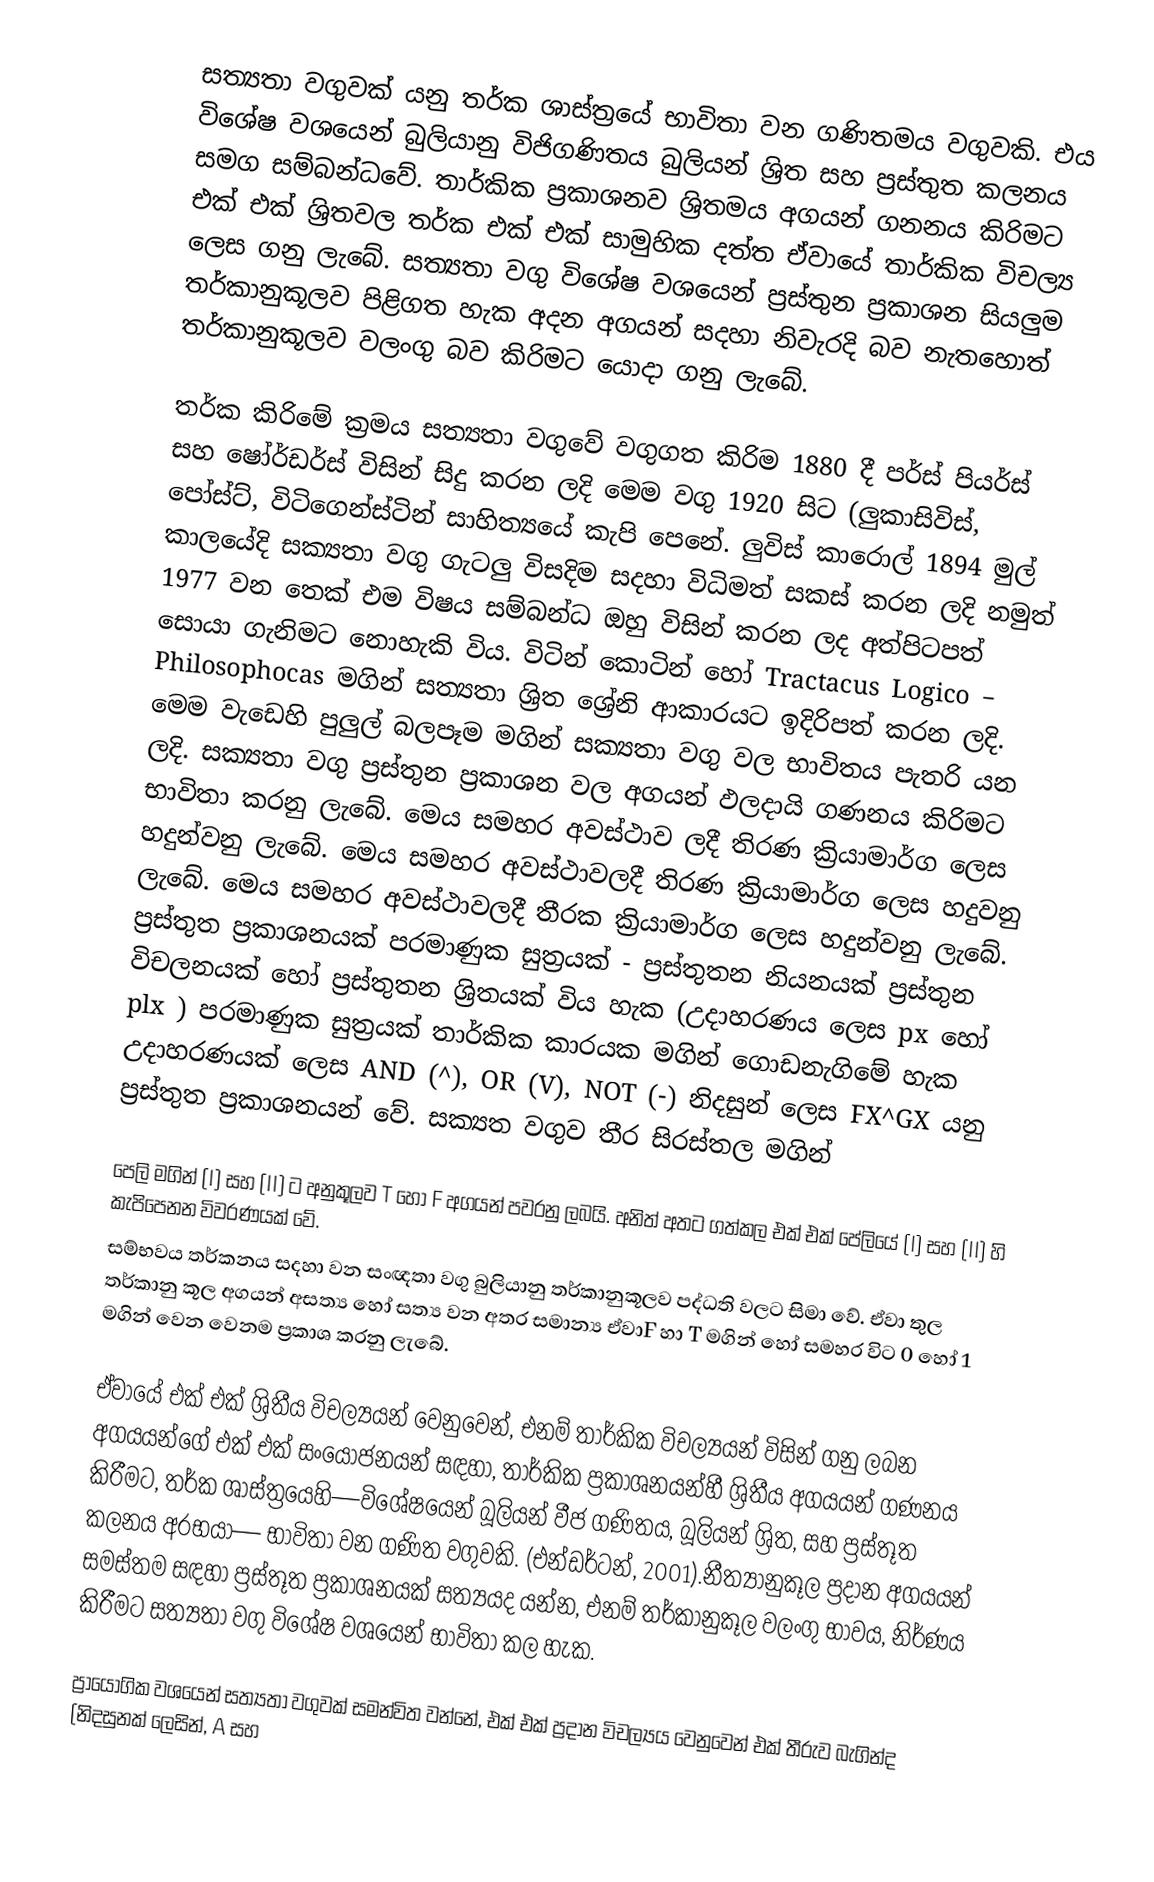
සත්‍යතා වගුවක් යනු තර්ක ශාස්ත්‍රයේ භාවිතා වන ගණිතමය වගුවකි. එය විශේෂ වශයෙන් බුලියානු විජිගණිතය බුලියන් ශ්‍රිත සහ ප්‍රස්තුත කලනය සමග සම්බන්ධවේ. තාර්කික ප්‍රකාශනව ශ්‍රිතමය අගයන් ගනනය කිරිමට එක් එක් ශ්‍රිතවල තර්ක එක් එක් සාමුහික දත්ත ඒවායේ තාර්කික විචල්‍ය ලෙස ගනු ලැබේ. සත්‍යතා වගු විශේෂ වශයෙන් ප්‍රස්තුන ප්‍රකාශන සියලුම තර්කානුකූලව පිළිගත හැක අදන අගයන් සදහා නිවැරදි බව නැතහොත් තර්කානුකූලව වලංගු බව කිරිමට යොදා ගනු ලැබේ.

තර්ක කිරිමේ ක්‍රමය සත්‍යතා වගුවේ වගුගත කිරිම 1880 දී පර්ස් පියර්ස් සහ ෂෝර්ඩර්ස් විසින් සිදු කරන ලදි මෙම වගු 1920 සිට (ලුකාසිවිස්, පෝස්ට්, විටිගෙන්ස්ටින් සාහිත්‍යයේ කැපි පෙනේ. ලුවිස් කාරොල් 1894 මුල් කාලයේදි සක්‍යතා වගු ගැටලු විසදිම සදහා විධිමත් සකස් කරන ලදි නමුත් 1977 වන තෙක් එම විෂය සම්බන්ධ ඔහු විසින් කරන ලද අත්පිටපත් සොයා ගැනිමට නොහැකි විය. විටින් කොටින් හෝ Tractacus Logico – Philosophocas මගින් සත්‍යතා ශ්‍රිත ශ්‍රේනි ආකාරයට ඉදිරිපත් කරන ලදි. මෙම වැඩෙහි පුලුල් බලපෑම මගින් සක්‍යතා වගු වල භාවිතය පැතරි යන ලදි. සක්‍යතා වගු ප්‍රස්තුන ප්‍රකාශන වල අගයන් ඵලදායි ගණනය කිරිමට භාවිතා කරනු ලැබේ. මෙය සමහර අවස්ථාව ලදී තිරණ ක්‍රියාමාර්ග ලෙස හදුන්වනු ලැබේ. මෙය සමහර අවස්ථාවලදී තිරණ ක්‍රියාමාර්ග ලෙස හදුවනු ලැබේ. මෙය සමහර අවස්ථාවලදී තීරක ක්‍රියාමාර්ග ලෙස හදුන්වනු ලැබේ. ප්‍රස්තුත ප්‍රකාශනයක් පරමාණුක සුත්‍රයක් - ප්‍රස්තුතන නියනයක් ප්‍රස්තුන විචලනයක් හෝ ප්‍රස්තුතන ශ්‍රිතයක් විය හැක (උදාහරණය ලෙස px හෝ plx ) පරමාණුක සුත්‍රයක් තාර්කික කාරයක මගින් ගොඩනැගිමේ හැක උදාහරණයක් ලෙස AND (^), OR (V), NOT (-) නිදසුන් ලෙස FX^GX යනු ප්‍රස්තුත ප්‍රකාශනයන් වේ.  සක්‍යත වගුව තීර සිරස්තල මගින්

පෙලි මගින් (I) සහ (II) ට අනුකූලව  T හෝ  F  අගයන් පවරනු ලබයි. අනිත් අතට ගත්කල එක් එක් පේලියේ (I) සහ  (II) හි කැපිපෙනන විවරණයක් වේ.
සම්භවය තර්කනය සදහා වන සංඥතා වගු බුලියානු තර්කානුකූලව පද්ධති වලට සිමා වේ. ඒවා තුල තර්කානු කූල අගයන් අසත්‍ය හෝ සත්‍ය වන අතර සමාන්‍ය ඒවාF හා T  මගින් හෝ සමහර විට 0 හෝ 1 මගින් වෙන වෙනම ප්‍රකාශ කරනු ලැබේ.

ඒවායේ එක් එක් ශ්‍රිතීය විචල්‍යයන් වෙනුවෙන්, එනම් තාර්කික විචල්‍යයන් විසින් ගනු ලබන අගයයන්ගේ එක් එක් සංයෝජනයන් සඳහා, තාර්කික ප්‍රකාශනයන්හී ශ්‍රිතීය අගයයන් ගණනය කිරීමට, තර්ක ශාස්ත්‍රයෙහි—විශේෂයෙන් බූලියන් වීජ ගණිතය, බූලියන් ශ්‍රිත, සහ ප්‍රස්තූත කලනය අරභයා— භාවිතා වන ගණිත වගුවකි. (එන්ඩර්ටන්, 2001).නීත්‍යානුකූල ප්‍රදාන අගයයන් සමස්තම සඳහා ප්‍රස්තූත ප්‍රකාශනයක් සත්‍යයද යන්න, එනම් තර්කානුකූල වලංගු භාවය, නිර්ණය කිරීමට සත්‍යතා වගු විශේෂ වශයෙන් භාවිතා කල හැක.

ප්‍රායෝගික වශයෙන් සත්‍යතා වගුවක් සමන්විත වන්නේ, එක් එක් ප්‍රදාන විචල්‍යය වෙනුවෙන් එක් තීරුව බැගින්ද (නිදසුනක් ලෙසින්, A සහ